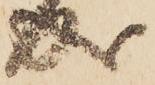
成